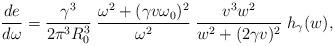
LaTeX: \begin{align*} \frac{d e}{d\omega}= \frac{\gamma ^3}{2\pi ^3 R_{0}^{3}} \; \frac{\omega ^2+(\gamma v \omega _{0})^2}{\omega ^2} \; \frac{v^3w^2}{w^2+(2\gamma v)^2} \; h_{\gamma}(w),\end{align*}